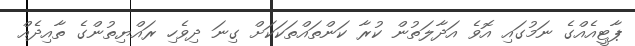
ޕާޓީއެއްގެ ނަމުގައި އޮވެ އަދާލަތުން ކުރާ ކަންތައްތަކަކަށް ގިނަ ދިވެހި ރައްޔިތުންގެ ތާއިދެއް